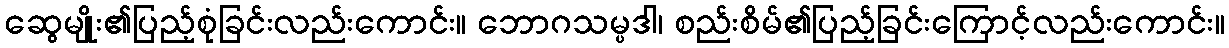
ဆွေမျိုး၏ပြည့်စုံခြင်းလည်းကောင်း။ ဘောဂသမ္ပဒါ၊ စည်းစိမ်၏ပြည့်ခြင်းကြောင့်လည်းကောင်း။